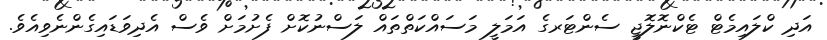
އަދި ކްލައިމެޓް ޓެކްނޮލޮޖީ ސެންޓަރގެ އަމަލީ މަސައްކަތްތައް ލަސްނުކޮށް ފެށުމަށް ވެސް އެދިވަޑައިގެންނެވިއެވެ.